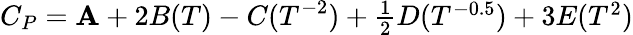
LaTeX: C_{P}=\mathbf{A}+2B(T)-C(T^{-2})+\textstyle{\frac{{1}}{{2}}}D(T^{-0.5})+3E(T^{2})